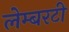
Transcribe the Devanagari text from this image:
लेम्बरटी